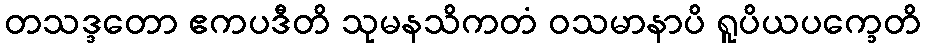
တသဒ္ဒတော ဧကပဒီတိ သုမနသိကတံ ဝသမာနာပိ ရူပိယပက္ခေတိ